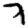
Digit: 7